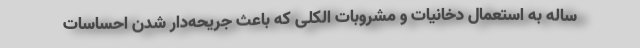
ساله به استعمال دخانیات و مشروبات الکلی که باعث جریحه‌دار شدن احساسات